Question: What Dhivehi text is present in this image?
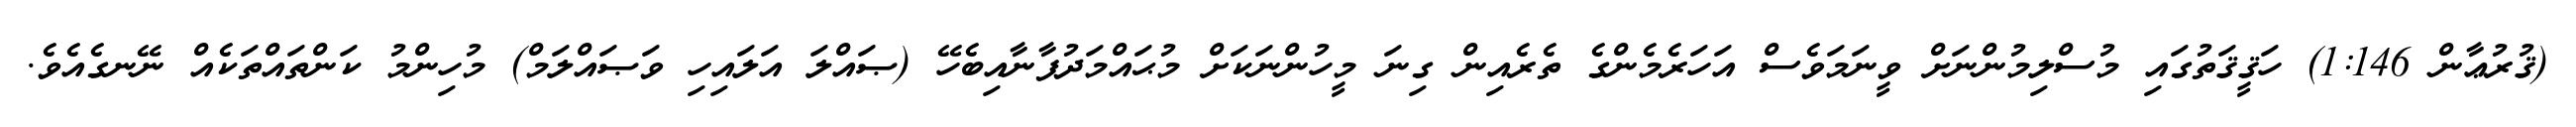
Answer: (ޤުރުޢާން 1:146) ހަޤީޤަތުގައި މުސްލިމުންނަށް ވީނަމަވެސް އަހަރެމެންގެ ތެރެއިން ގިނަ މީހުންނަކަށް މުޙައްމަދުފާނާއިބެހޭ (ޞައްލަ އަލައިހި ވަޞައްލަމް) މުހިންމު ކަންތައްތަކެއް ނޭނގެއެވެ.